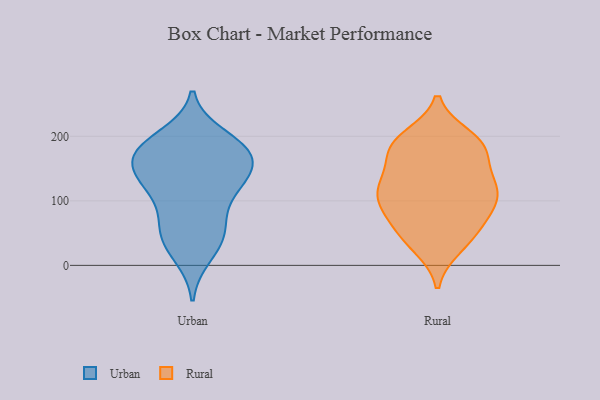
{"axis": {"x": "Humidity (%)", "y": "Value"}, "legend": ["Rural", "Urban"], "data": [{"x": "", "y": 181, "type": "Urban"}, {"x": "", "y": 178, "type": "Urban"}, {"x": "", "y": 163, "type": "Urban"}, {"x": "", "y": 49, "type": "Urban"}, {"x": "", "y": 115, "type": "Urban"}, {"x": "", "y": 183, "type": "Urban"}, {"x": "", "y": 141, "type": "Urban"}, {"x": "", "y": 60, "type": "Urban"}, {"x": "", "y": 174, "type": "Urban"}, {"x": "", "y": 121, "type": "Urban"}, {"x": "", "y": 123, "type": "Urban"}, {"x": "", "y": 199, "type": "Urban"}, {"x": "", "y": 34, "type": "Urban"}, {"x": "", "y": 136, "type": "Urban"}, {"x": "", "y": 16, "type": "Urban"}, {"x": "", "y": 168, "type": "Urban"}, {"x": "", "y": 65, "type": "Urban"}, {"x": "", "y": 181, "type": "Rural"}, {"x": "", "y": 132, "type": "Rural"}, {"x": "", "y": 77, "type": "Rural"}, {"x": "", "y": 121, "type": "Rural"}, {"x": "", "y": 182, "type": "Rural"}, {"x": "", "y": 189, "type": "Rural"}, {"x": "", "y": 103, "type": "Rural"}, {"x": "", "y": 45, "type": "Rural"}, {"x": "", "y": 188, "type": "Rural"}, {"x": "", "y": 38, "type": "Rural"}, {"x": "", "y": 81, "type": "Rural"}, {"x": "", "y": 120, "type": "Rural"}, {"x": "", "y": 29, "type": "Rural"}, {"x": "", "y": 113, "type": "Rural"}, {"x": "", "y": 198, "type": "Rural"}, {"x": "", "y": 103, "type": "Rural"}, {"x": "", "y": 133, "type": "Rural"}, {"x": "", "y": 174, "type": "Rural"}, {"x": "", "y": 67, "type": "Rural"}]}